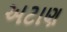
અટાણ